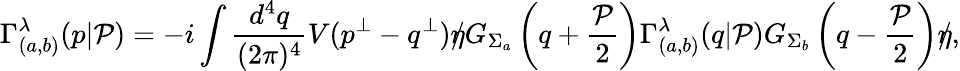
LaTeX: \Gamma_{(a,b)}^{\lambda}(p|{\cal P})=-i\int\frac{d^{4}q}{(2\pi)^{4}}V(p^{\bot}-q^{\bot})\rlap/\eta G_{\Sigma_{a}}\left(q+\frac{{\cal P}}{2}\right)\Gamma_{(a,b)}^{\lambda}(q|{\cal P})G_{\Sigma_{b}}\left(q-\frac{{\cal P}}{2}\right)\rlap/\eta,